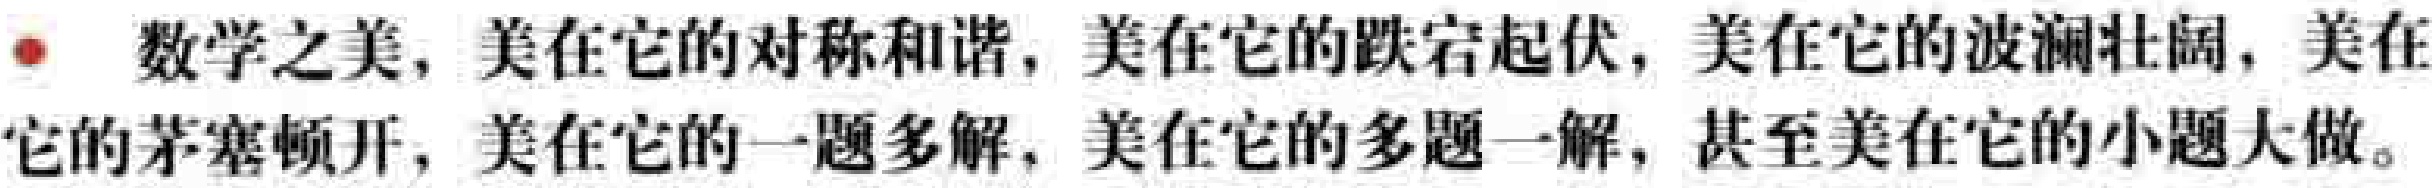
数学之美, 美在它的对称和谐, 美在它的跌宕起伏, 美在它的波澜壮阔, 美在它的茅塞顿开, 美在它的一题多解, 美在它的多题一解, 甚至美在它的小题大做。